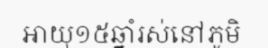
អាយុ១៥ឆ្នាំរស់នៅភូមិ